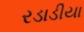
રડાડીયા